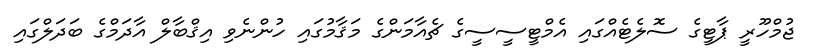
ޖުމްހޫރީ ޕާޓީގެ ސޮލެޓެއްގައި އެމްޓީސީސީގެ ޗެއާމަންގެ މަޤާމުގައި ހުންނެވި އިޤްބާލް އާދަމްގެ ބަދަލްގައި